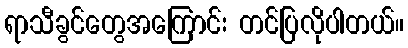
ရာသီခွင်တွေအကြောင်း တင်ပြလိုပါတယ်။